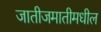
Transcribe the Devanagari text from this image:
जातीजमातीमधील